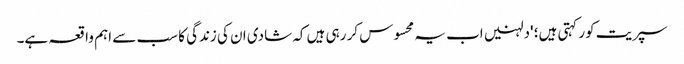
سپریت کور کہتی ہیں؛ 'دلہنیں اب یہ محسوس کر رہی ہیں کہ شادی ان کی زندگی کا سب سے اہم واقعہ ہے۔